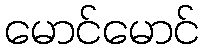
မောင်မောင်